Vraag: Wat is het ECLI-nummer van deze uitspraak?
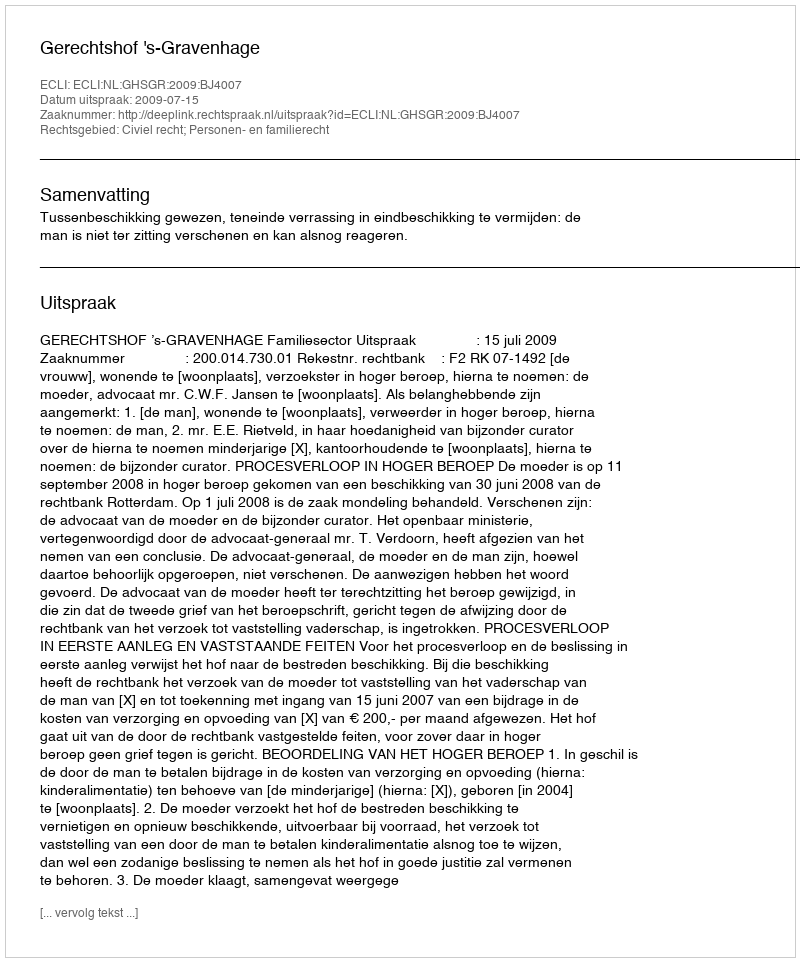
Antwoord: ECLI:NL:GHSGR:2009:BJ4007